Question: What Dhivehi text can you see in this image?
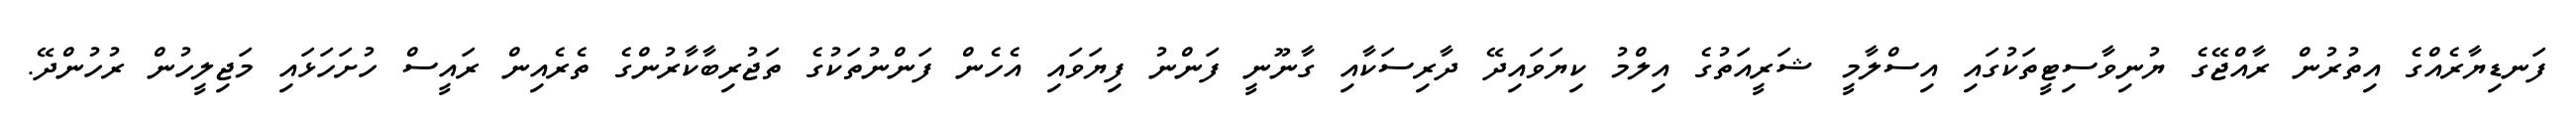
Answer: ފަނޑިޔާރެއްގެ އިތުރުން ރާއްޖޭގެ ޔުނިވާސިޓީތަކުގައި އިސްލާމީ ޝަރީއަތުގެ އިލްމު ކިޔަވައިދޭ ދާރިސަކާއި ގާނޫނީ ފަންނު ފިޔަވައި އެހެން ފަންނުތަކުގެ ތަޖުރިބާކާރުންގެ ތެރެއިން ރައީސް ހުށަހަޅައި މަޖިލީހުން ރުހުންދޭ.